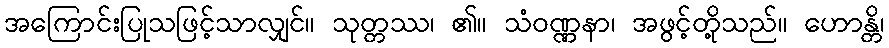
အကြောင်းပြုသဖြင့်သာလျှင်။ သုတ္တဿ၊ ၏။ သံဝဏ္ဏနာ၊ အဖွင့်တို့သည်။ ဟောန္တိ၊